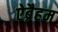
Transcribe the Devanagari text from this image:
ऐब्रैहम